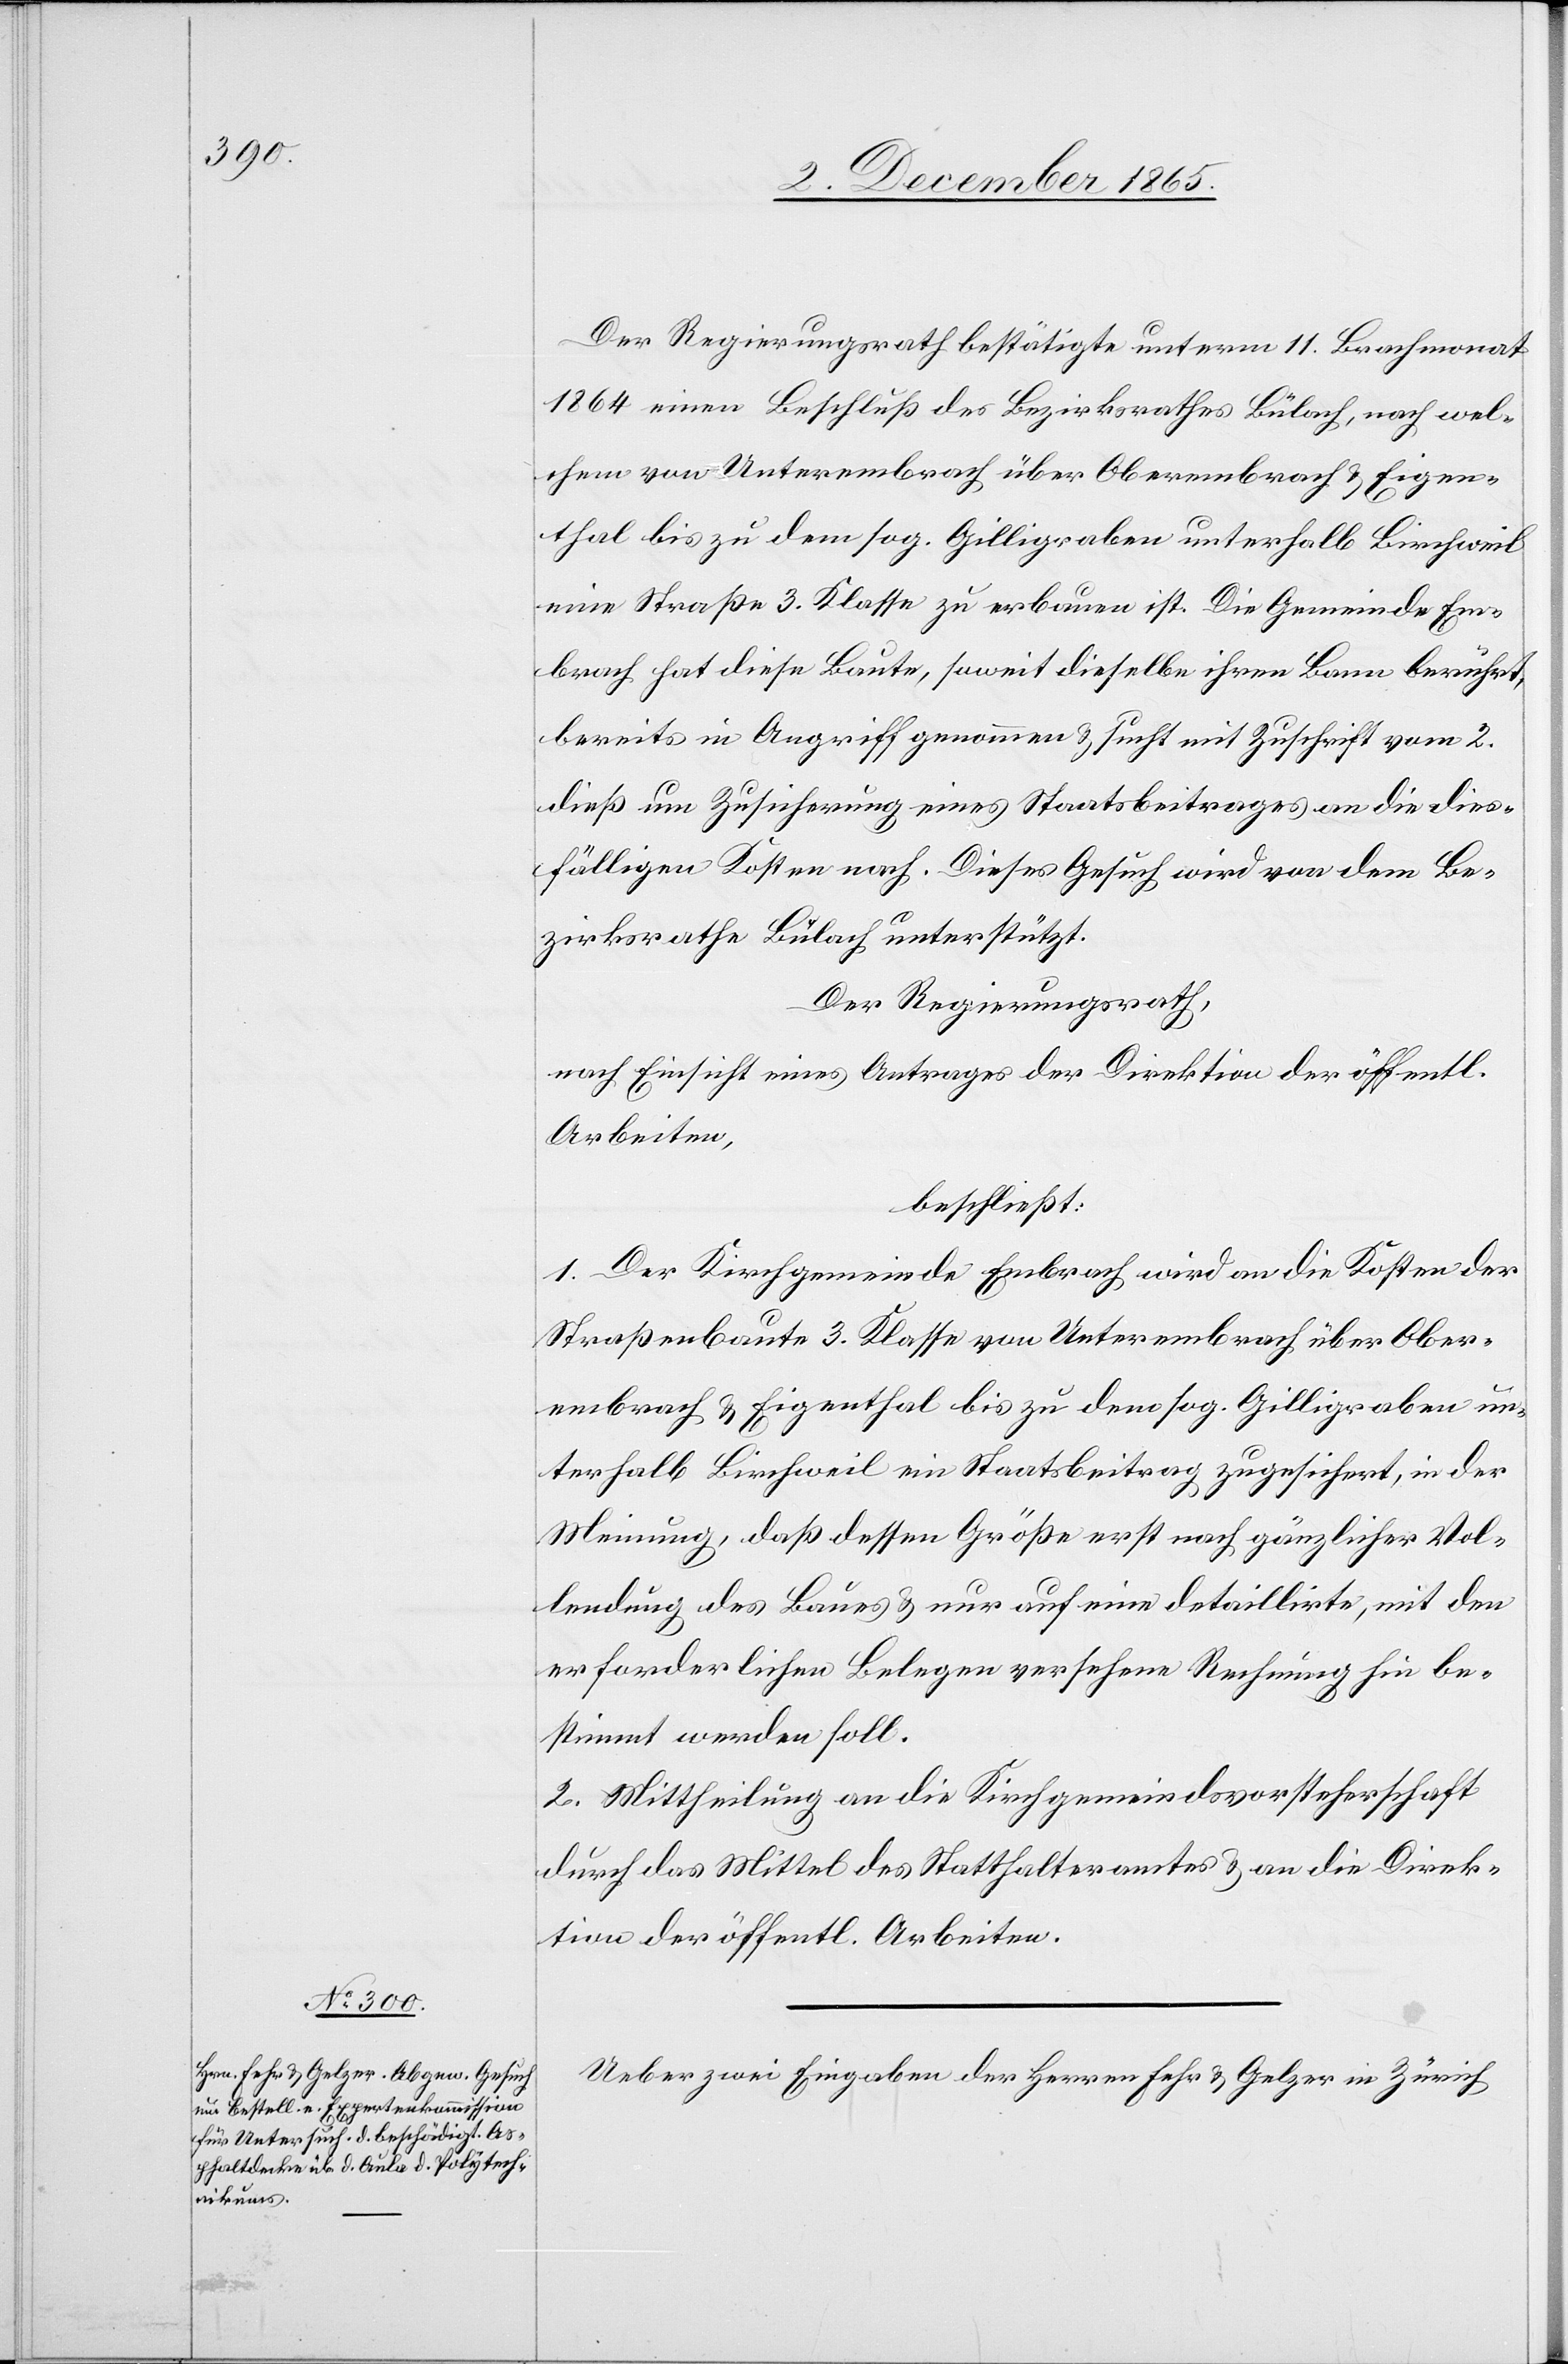
Der Regierungsrath bestätigte unterm 11. Brachmonat
1864 einen Beschluß des Bezirksrathes Bülach, nach wel¬
chem von Unterembrach über Oberembrach & Eigen¬
thal bis zu dem sog. Gilligraben unterhalb Birchweil
eine Straße 3. Klasse zu erbauen ist. Die Gemeinde Em¬
brach hat diese Baute, soweit dieselbe ihren Bann berührt,
bereits in Angriff genommen & sucht mit Zuschrift vom 2.
dieß um Zusicherung eines Staatsbeitrages an die dies¬
fälligen Kosten nach. Dieses Gesuch wird von dem Be¬
zirksrathe Bülach unterstützt.
Der Regierungsrath,
nach Einsicht eines Antrages der Direktion der öffentl.
Arbeiten,
beschließt:
1. Der Kirchgemeinde Embrach wird an die Kosten der
Straßenbaute 3. Klasse von Unterembrach über Ober¬
embrach & Eigenthal bis zu dem sog. Gilligraben un¬
terhalb Birchweil ein Staatsbeitrag zugesichert, in der
Meinung, daß dessen Größe erst nach gänzlicher Vol¬
lendung des Baues & nur auf eine detaillirte, mit den
erforderlichen Belegen versehene Rechnung hin be¬
stimmt werden soll.
2. Mittheilung an die Kirchgemeindsvorsteherschaft
durch das Mittel des Statthalteramtes & an die Direk¬
tion der öffentl. Arbeiten.
Ueber zwei Eingaben der Herren Fehr & Gelzer in Zürich